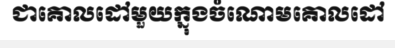
ជាគោលដៅមួយក្នុងចំណោមគោលដៅ